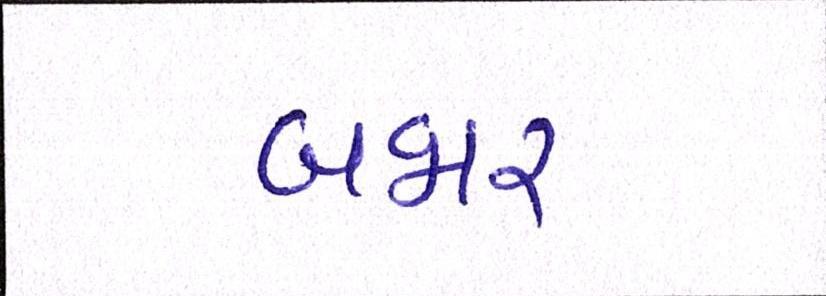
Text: બજાર